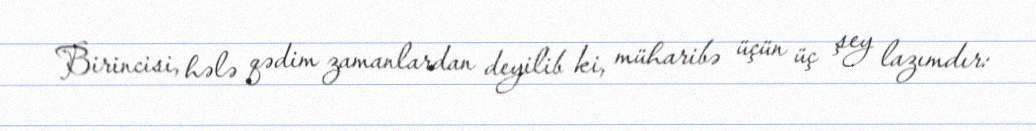
Birincisi, hələ qədim zamanlardan deyilib ki, müharibə üçün üç şey lazımdır: